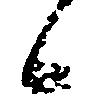
候